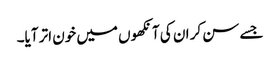
جسے سن کر ان کی آنکھوں میں خون اتر آیا۔